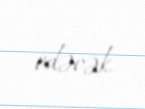
edəcək.